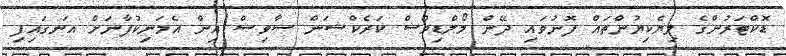
ޑޮކްޓަރުންގެ ލިޔެކިޔުންތައް ފޮނުވައި ދޭން މޯލްޑިވްސް ކަރެކްޝަން ސާވިސް އިން އެމަނިކުފާނަށް އަނގައިފި